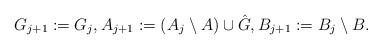
LaTeX: \begin{align*}G_{j+1}:=G_j,A_{j+1}:=(A_j\setminus A)\cup \hat G,B_{j+1}:= B_j\setminus B.\end{align*}